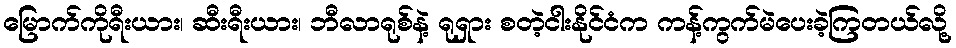
မြောက်ကိုရီးယား၊ ဆီးရီးယား၊ ဘီလာရုစ်နဲ့ ရုရှား စတဲ့ငါးနိုင်ငံက ကန့်ကွက်မဲပေးခဲ့ကြတယ်လို့